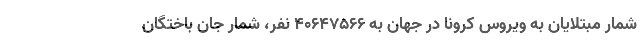
شمار مبتلایان به ویروس کرونا در جهان به ۴۰۶۴۷۵۶۶ نفر، شمار جان باختگان